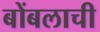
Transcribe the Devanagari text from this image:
बोंबलाची